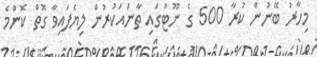
މިހާރު ބޭނުން ކުރާ 500 ގެ ނޫޓުގައި ތާނައަކުރުން ލިޔެފައިވާ ގޮތް ކޮންމެ